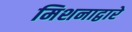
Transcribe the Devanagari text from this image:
मिशनाद्वारे